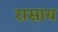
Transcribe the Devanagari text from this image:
रासाय